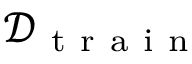
\mathcal { D } _ { \mathrm { ~ t ~ r ~ a ~ i ~ n ~ } }